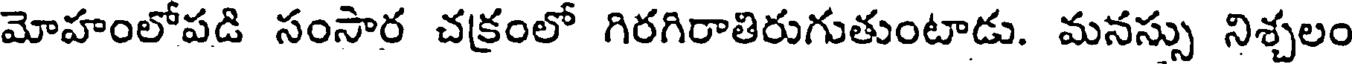
మోహంలోపడి సంసార చక్రంలో గిరగిరాతిరుగుతుంటాడు. మనస్సు నిశ్చలం